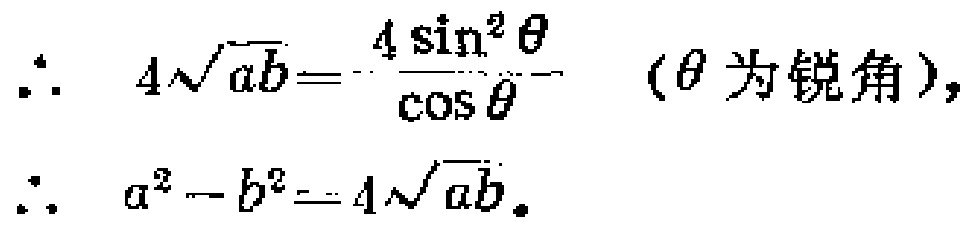
\[\begin{align*}
\therefore\quad 4\sqrt{ab}&=\frac{4\sin^{2}\theta}{\cos\theta}\quad(\theta\text{ 为锐角}),\\
\therefore\quad a^{2}-b^{2}&=4\sqrt{ab}.
\end{align*}\]